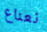
نعناع